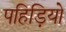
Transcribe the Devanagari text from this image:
पहिड़ियो